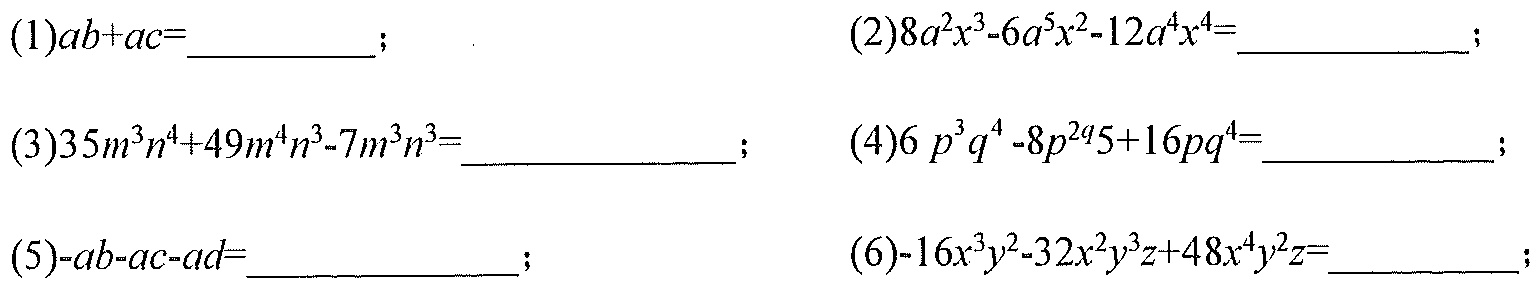
(1)$ab + ac=\_\_\_\_\_\_\_$；  (2)$8a^{2}x^{3}-6a^{5}x^{2}-12a^{4}x^{4}=\_\_\_\_\_\_\_$；
(3)$35m^{3}n^{4}+49m^{4}n^{3}-7m^{3}n^{3}=\_\_\_\_\_\_\_\_\_$；  (4)$6p^{3}q^{4}-8p^{2q}5 + 16pq^{4}=\_\_\_\_\_\_\_$；
(5)$-ab - ac - ad=\_\_\_\_\_\_\_\_$；  (6)$-16x^{3}y^{2}-32x^{2}y^{3}z + 48x^{4}y^{2}z=\_\_\_\_\_\_\_$；